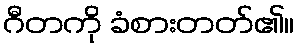
ဂီတကို ခံစားတတ်၏။